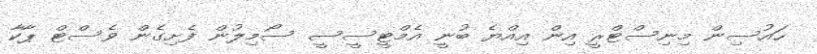
ހައުސިން މިނިސްޓްރީ އިން އިއްޔެ ބުނީ އެމްޓީސީސީ ސޯމިލުން ފެށިގެން ވެސްޓް ޕާކާ